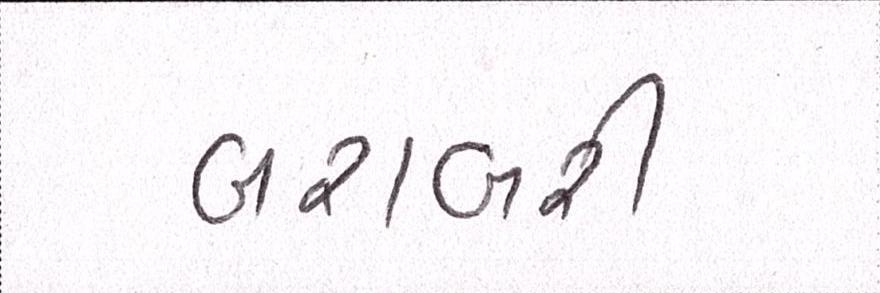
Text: બરાબરી